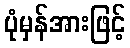
ပုံမှန်အားဖြင့်